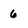
Character: 6